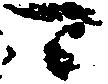
可